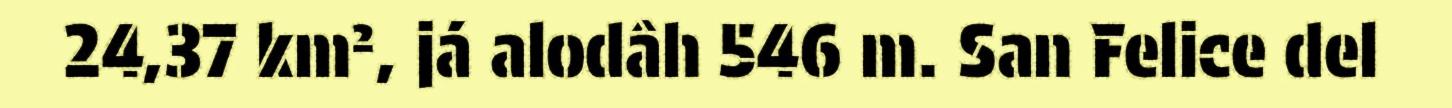
24,37 km², já alodâh 546 m. San Felice del